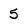
Character: 5